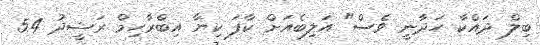
ބިލް ދައްކާ ހަދާނީ ވެސް" އަލިބެއަށް ކާފަ ކިޔާ އިބްރާހިމް ރަޝީދު 54